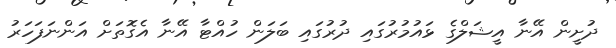
ދުށީން އޭނާ އީޝަލްގެ ޅައުމުރުގައި ދުރުގައި ބަލަން ހުއްޓާ އޭނާ އެގޮތަށް އަންނަފަހަރު